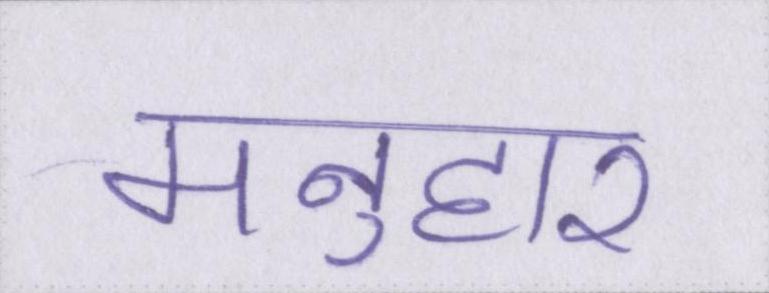
मनुहार